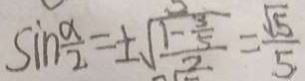
\sin \frac { \alpha } { 2 } = \pm \sqrt { \frac { 1 - \frac { 3 } { 5 } } { 2 } } = \frac { \sqrt { 5 } } { 5 }